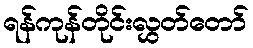
ရန်ကုန်တိုင်းလွှတ်တော်